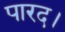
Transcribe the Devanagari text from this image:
पारद।